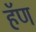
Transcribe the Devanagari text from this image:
हॅण